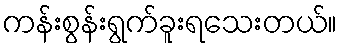
ကန်းစွန်းရွက်ခူးရသေးတယ်။